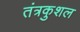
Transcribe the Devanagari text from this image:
तंत्रकुशल